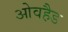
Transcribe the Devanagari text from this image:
ओवहैड